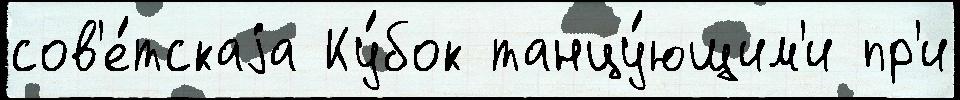
сов'е́тскаjа Ку́бок танцу́ющим'и пр'и